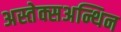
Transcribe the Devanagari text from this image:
अस्तेक्सअन्थिन